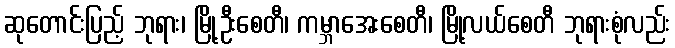
ဆုတောင်းပြည့် ဘုရား၊ မြို့ဦးစေတီ၊ ကမ္ဘာအေးစေတီ၊ မြို့လယ်စေတီ ဘုရားစုံလည်း